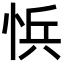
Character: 𭜾